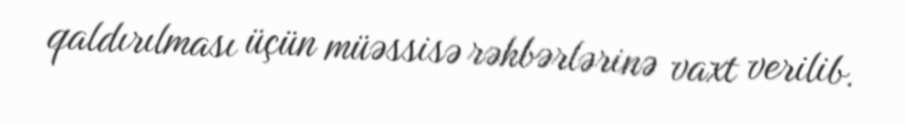
qaldırılması üçün müəssisə rəhbərlərinə vaxt verilib.